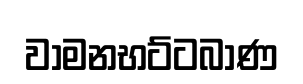
වාමනභට්ටබාණ